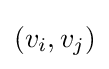
(v_{i},v_{j})